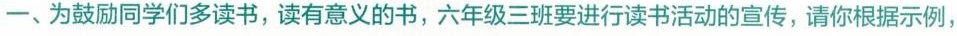
一、为鼓励同学们多读书，读有意义的书，六年级三班要进行读书活动的宣传，请你根据示例，